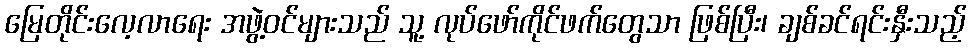
မြေတိုင်းလေ့လာရေး အဖွဲ့ဝင်များသည် သူ့ လုပ်ဖော်ကိုင်ဖက်တွေသာ ဖြစ်ပြီး၊ ချစ်ခင်ရင်းနှီးသည့်